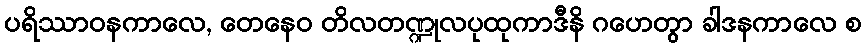
ပရိဿာဝနကာလေ, တေနေဝ တိလတဏ္ဍုလပုထုကာဒီနိ ဂဟေတွာ ခါဒနကာလေ စ